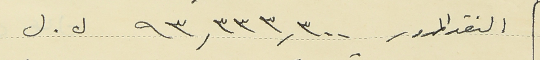
النقد المرور ٩٣,٣٣٣,٣٠٠ ل . ل